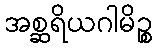
အစ္ဆရိယဂါမိဉ္စ